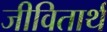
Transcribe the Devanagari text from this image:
जीवितार्थ